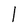
Character: I